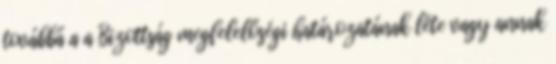
továbbá a a Bizottság megfelelőségi határozatának léte vagy annak